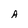
Character: A